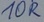
Text: 10R